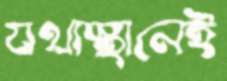
যথাস্থানেই